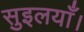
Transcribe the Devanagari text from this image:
सुइलयाँ।